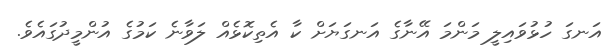
އަނގަ ހުޅުވައިލީ މަންމަ އޭނާގެ އަނގަޔަށް ކާ އެތިކޮޅެއް ލަވާނެ ކަމުގެ އުންމީދުގައެވެ.